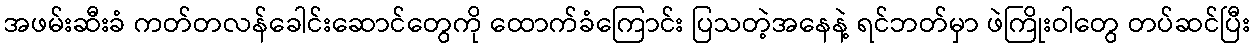
အဖမ်းဆီးခံ ကတ်တလန်ခေါင်းဆောင်တွေကို ထောက်ခံကြောင်း ပြသတဲ့အနေနဲ့ ရင်ဘတ်မှာ ဖဲကြိုးဝါတွေ တပ်ဆင်ပြီး